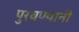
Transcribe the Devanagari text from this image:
पुरवण्यांनी